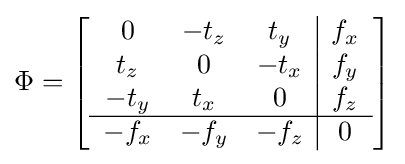
\Phi =\left[{\begin{array}{ccc|c}0&-t_{z}&t_{y}&f_{x}\\t_{z}&0&-t_{x}&f_{y}\\-t_{y}&t_{x}&0&f_{z}\\\hline -f_{x}&-f_{y}&-f_{z}&0\end{array}}\right]